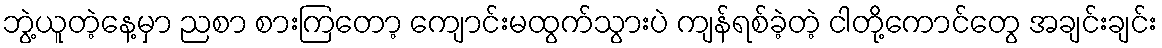
ဘွဲ့ယူတဲ့နေ့မှာ ညစာ စားကြတော့ ကျောင်းမထွက်သွားပဲ ကျန်ရစ်ခဲ့တဲ့ ငါတို့ကောင်တွေ အချင်းချင်း